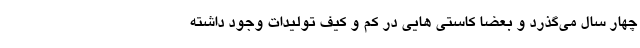
چهار سال می‌گذرد و بعضا کاستی هایی در کم و کیف تولیدات وجود داشته